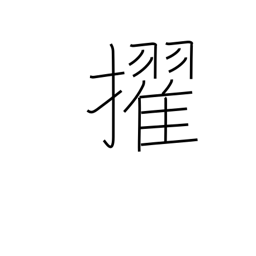
Meaning: surpass